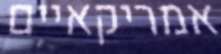
אמריקאיים